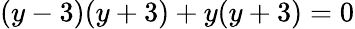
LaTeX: (y-3)(y+3)+y(y+3)=0